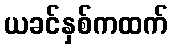
ယခင်နှစ်ကထက်